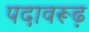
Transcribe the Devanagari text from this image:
पदावरूढ़